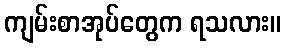
ကျမ်းစာအုပ်တွေက ရသလား။